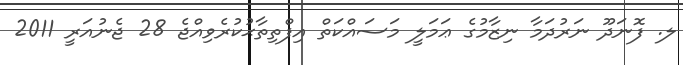
ލ. ފޮނަދޫ ނަރުދަމާ ނިޒާމުގެ ޢަމަލީ މަސައްކަތް އިފްތިތާޙުކުރެވިއްޖެ 28 ޖެނުއަރީ 2011